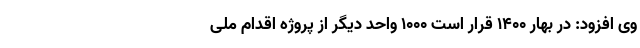
وی افزود: در بهار ۱۴۰۰ قرار است ۱۰۰۰ واحد دیگر از پروژه اقدام ملی